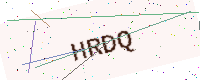
Text: HRDQ